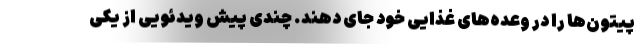
پیتون‌ها را در وعده‌های غذایی خود جای دهند. چندی پیش ویدئویی از یکی